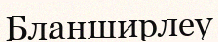
Бланширлеу